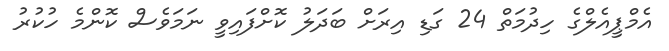
އެމްޕީއެލްގެ ހިދުމަތް 24 ގަޑި އިރަށް ބަދަލު ކޮށްފައިވީ ނަމަވެސް ކޮންމެ ހުކުރު